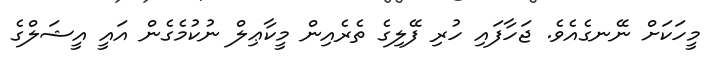
މީހަކަށް ނޭނގެއެވެ. ޖަހާފައި ހުރި ފޭލިގެ ތެރެއިން މީކާޢިލް ނުކުމެގެން އައީ އީޝަލްގެ